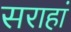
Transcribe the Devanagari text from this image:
सराहां